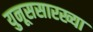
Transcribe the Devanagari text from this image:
युनूससारख्या